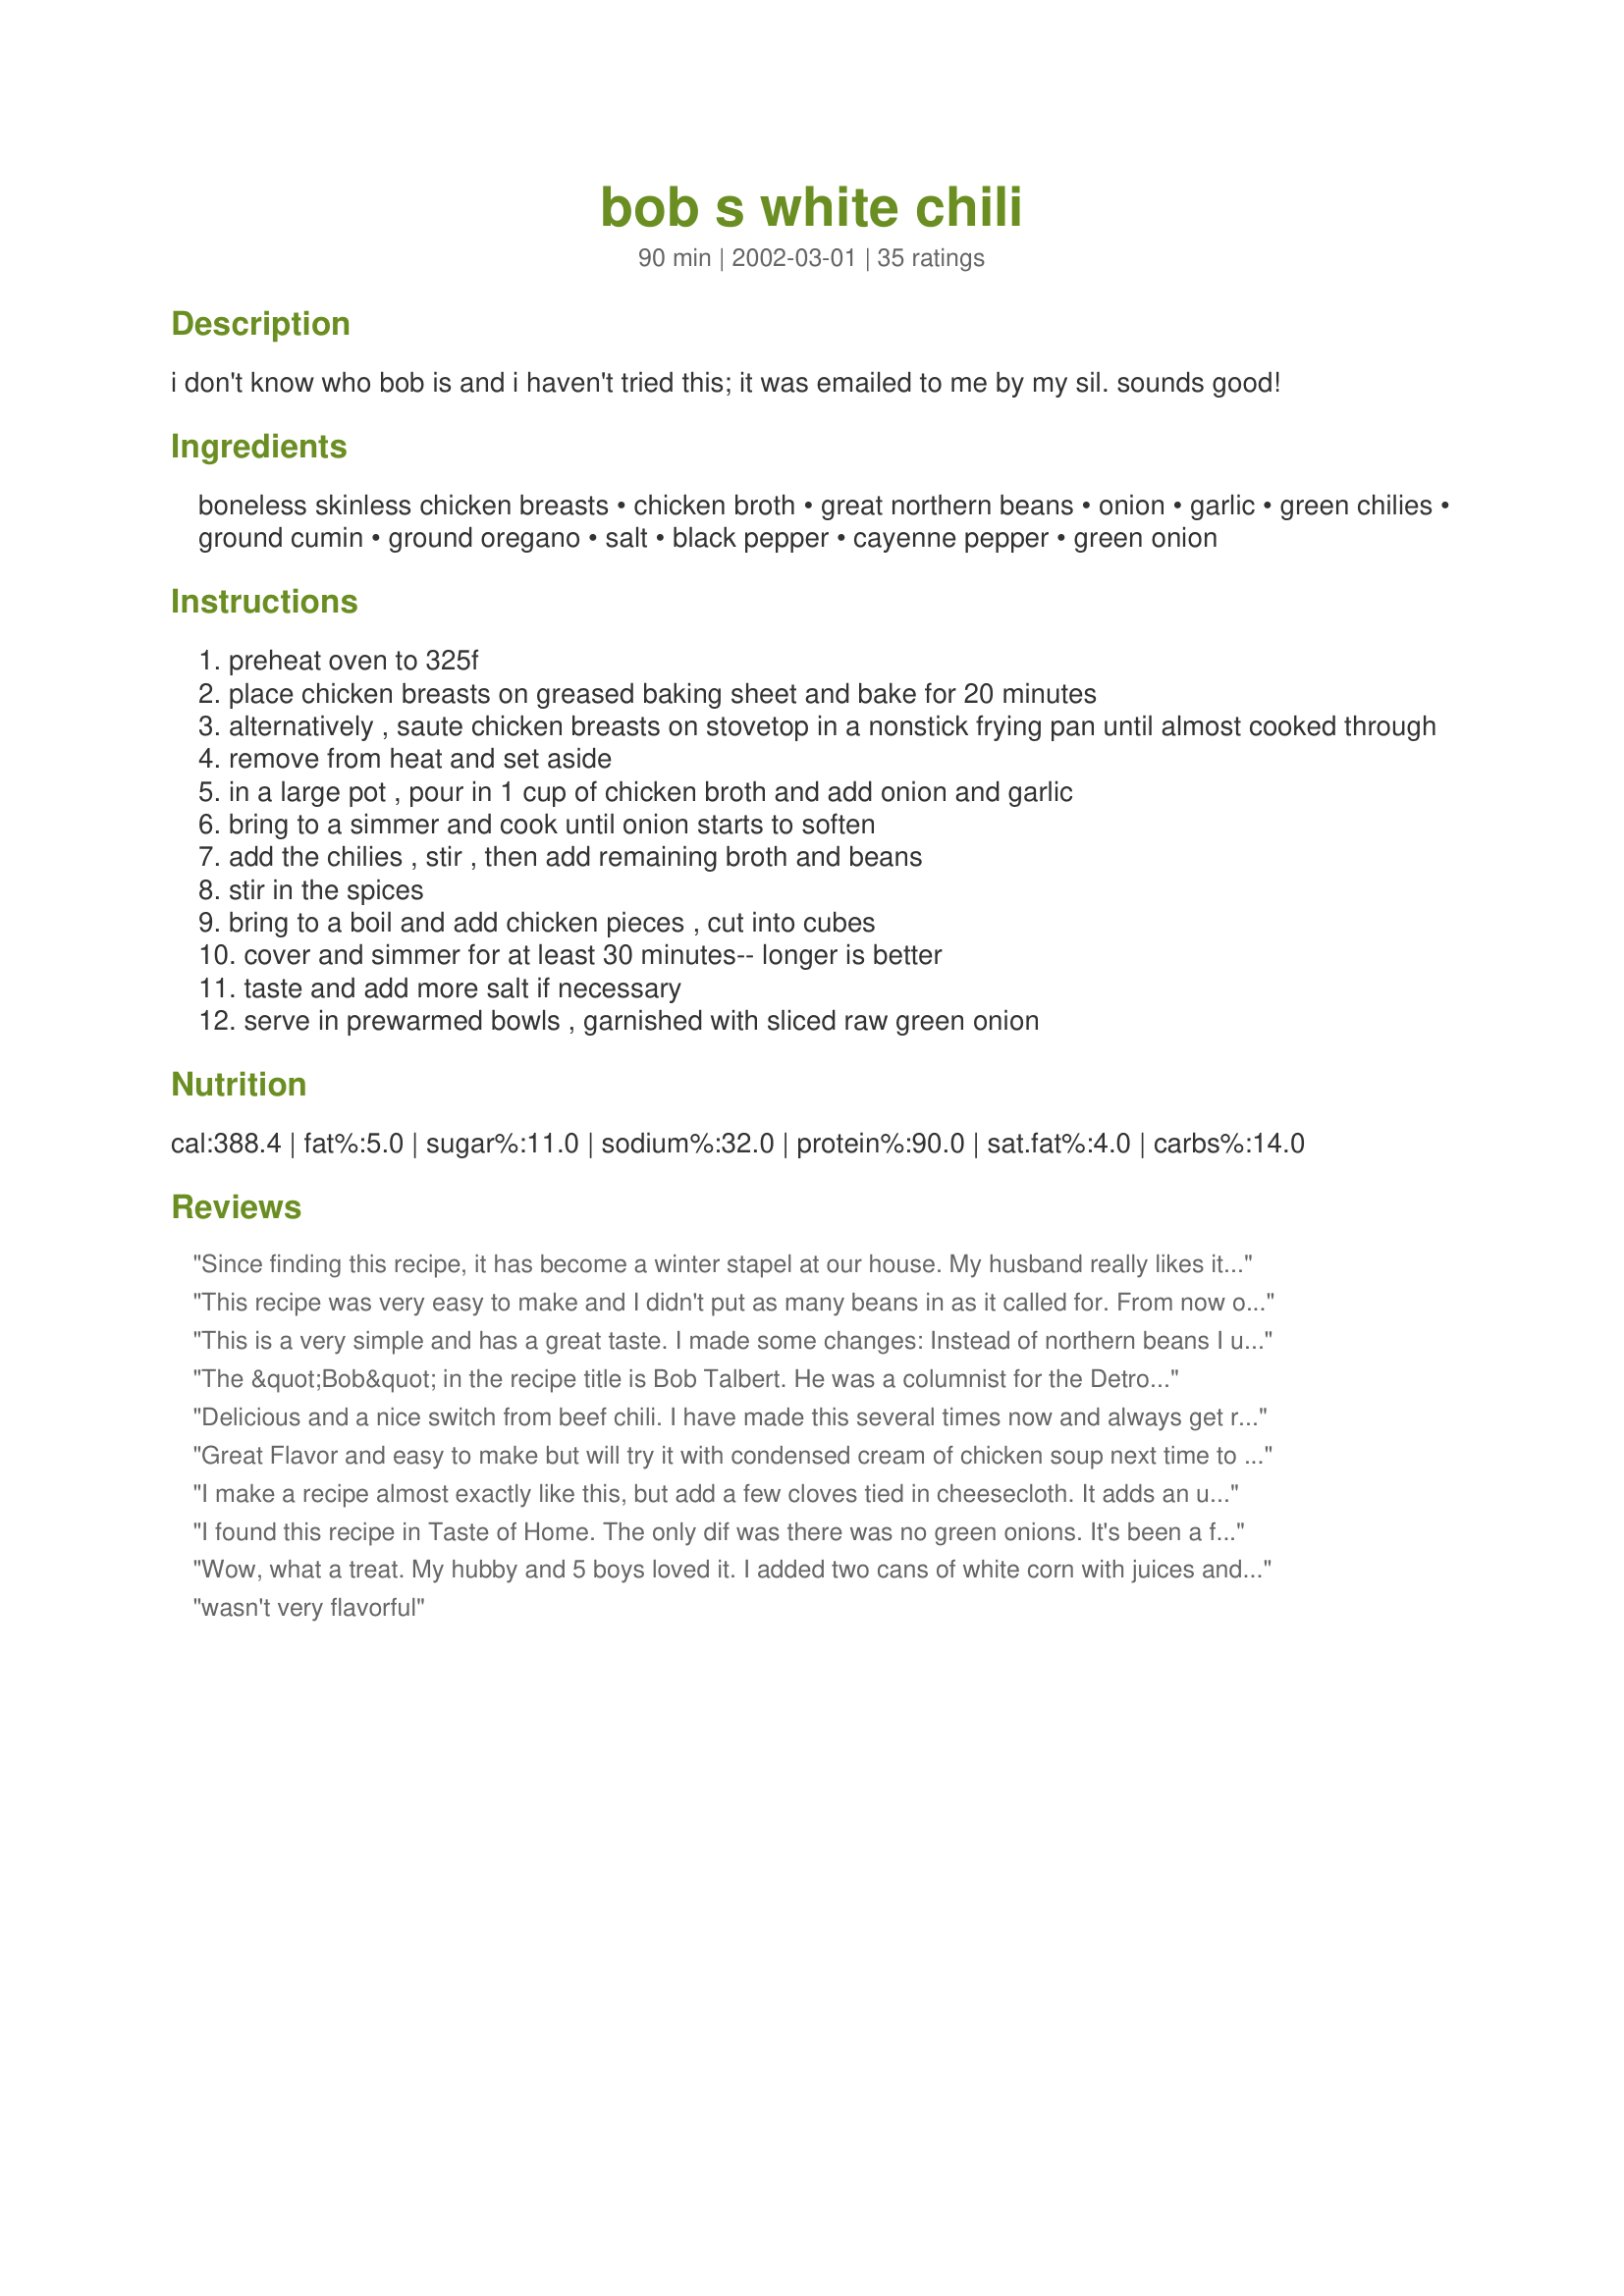
bob s white chili
Preparation time: 90 minutes

i don't know who bob is and i haven't tried this; it was emailed to me by my sil. sounds good!

Ingredients:
boneless skinless chicken breasts, chicken broth, great northern beans, onion, garlic, green chilies, ground cumin, ground oregano, salt, black pepper, cayenne pepper, green onion

Steps:
preheat oven to 325f
place chicken breasts on greased baking sheet and bake for 20 minutes
alternatively , saute chicken breasts on stovetop in a nonstick frying pan until almost cooked through
remove from heat and set aside
in a large pot , pour in 1 cup of chicken broth and add onion and garlic
bring to a simmer and cook until onion starts to soften
add the chilies , stir , then add remaining broth and beans
stir in the spices
bring to a boil and add chicken pieces , cut into cubes
cover and simmer for at least 30 minutes-- longer is better
taste and add more salt if necessary
serve in prewarmed bowls , garnished with sliced raw green onion

Reviews:
Since finding this recipe, it has become a winter stapel at our house. My husband really likes it and so does my family. it is definitly a keeper. Thanks for posting!
This recipe was very easy to make and I didn't put as many beans in as it called for. From now on I am going to make this chili one of my regular meals.
This is a very simple and has a great taste. I made some changes: Instead of northern beans I used pinto. Instead of canned chillies I used 3 fresh, seeded & chopped. And, I added 2 cans of condensed cream of chicken soup plus 1 can of water. Yum. Thanks, Lennie.
The &quot;Bob&quot; in the recipe title is Bob Talbert. He was a columnist for the Detroit Free Press until his death. He posted this recipe many years ago.
Delicious and a nice switch from beef chili. I have made this several times now and always get rave reviews from hubby.
Great Flavor and easy to make but will try it with condensed cream of chicken soup next time to thicken it up a little.
I make a recipe almost exactly like this, but add a few cloves tied in cheesecloth. It adds an unusual but subtle flavour that matches well with the beans, chicken and heat of this dish. Try it! Try it heated up on a propane burner out of the back of a van out of plastic bowls in cold weather with fresh rolls that were heated in foil atop the hot chili! Guinness is a good match if you are not driving the van.
I found this recipe in Taste of Home. The only dif was there was no green onions. It's been a family favorite for a long time now. It's called White Chicken Chili.
Wow, what a treat. My hubby and 5 boys loved it. I added two cans of white corn with juices and topped with a little monterrey jack cheese. Delicious. Will DEFINITELY make again.
wasn't very flavorful
my husband loved this. easy to make, diffently a keeper.
We loved this recipe. Left out the chiles based on personal preference. Bought the Tyson pre-cooked roasted chicken cubes (I think 1.5 pounds was 3 packages) because I got a late start on dinner. Followed the rest of the recipe to a T. Added FF cheese & a dollop of FF sour cream. Yummy!
I thought it was pretty good, but I definitely put cheese and sour cream on it. I also added chili powder and coriander for more flavor!
This is one of the best chili recipes I've ever eaten. The seasonings were perfect and the flavor was excellent, not overpowering or too hot. Since it was the first time I had ever made it, I followed the recipe exactly, and would not make any changes now. I served it with a little bit of shredded cheddar, a dollop of sour cream, and corn bread.
Was good but besides the pepper, doesn't really have much flavor.
I liked this very much. I didn't add as many beans and next time I will cut down on the cayenne pepper. I would say it is somewhere inbetween a medium and a hot chili. I also used one can of cream of chicken soup and I will use two next time.
This is a great, healthy chicken soup with a kick! I added just a dollop of sour cream to each serving and it added a great dynamic to the dish.
This is a wonderful recipe. I used boneless, skinless, chicken thighs. My family loved it.
Wow! As skeptical as my family was knowing this wasn't regular chili they loved it. Not overpowering hot, it had just a right spiciness to it. Excellent on tortillas.
This would not be a recipe I would make often. It just was not a good taste to me.
We loved this! The 5 year old and 9 year old asked for seconds (a real compliment). It was very easy to make. I used boneless, skinless thighs and seasoned them with chilli powder and cumin b4 I baked them. I also left out the chilies and added more powder as well as adding a little bit of cinnamon and clove which was a perfect addition.
This was wonderful. I didn't have the green chiles on hand but it was great without them. I did add some flour to thicken it up a little. Just my preference. Thanks for sharing!
This was fabulous! I substituted ground turkey instead of chicken breasts and I added a little bit of mozzarella cheese and a tad bit of flour to thicken it a little. The flavors blended together perfectly! Better yet, it makes for even yummier leftovers! Thanks for a great recipe, definitely a keeper :)
Delicious! My DH thought the meal was tasty and filling. Will be making it again.
This is very much like a recipe my grandmother once gave me that I stupidly misplaced so I was happy to find a replacement. This is great for something different than the usual red chili, but give it a shot if you've never tried a white chili. Delicious!
Fabulous! I prepared as instructed, and this was DELish! I got scared at the end and added a can of RoTel drained, but i know I would have Loved without. Definitely going to get this in the rotation.
Just what I was looking for. I substitued a store bought, pre-cooked rotisserie chicken instead of cooking my own. It turned out perfect. Very easy and yummy.
Comfort food at its best! I put shredded monterey jack on top and served with cornbread. It was a big hit with the whole family! Definitely a keeper! Thanks for sharing!
Yum! I made this recipe -- sticking exactly to the recipe, with the only exception being -- I used 1/2 black beans, because I did not have 48 oz of great whites. Great recipe. Next time I will use some thickener since we like a thicker chili.
Definitely a recipe that we add to the rotation at our house! Next time I'm going to try it in the crockpot.
Family and I enjoyed this very much. To serve, I put broken tortilla chips in the bowl, added the chili and topped with shredded MJ cheese. Crazy delicious. Thanks for the post.
This is the one of the best chili recipes that I have tatsted. I doubled the batch for a football party, everyone raved over it and wanted the recipe. I served it with some shredded montery jack cheese, a dollop of sour cream, and corn muffins.
This was really good! I had some bell pepper and mushrooms to use up so I chopped them up and threw them in. I served it will sour cream, cheddar and green onions
This was a HUGE hit at our house last night! The temps dropped to well below zero and my daughter had been begging me to make white chili. I came across this recipe and all three of us loved it! The only changes I made was to add some shredded Monterey Jack cheese and to cook it in the crockpot. DH told me that I should add this to our Christmas Eve soup supper menu, so it's become an instant keeper! Thanks for posting!
I found this recipe a few years ago after hubby had some White Chicken Chili at one of our local Mexican restaurants. I've been making it since then and we love it. We like extra spicy food, so I often add a little extra cumin and/or cayenne pepper. Also, if I don't have the chopped green chilies I have substituted chopped fresh jalapenos more than once. I just cook them along with the onions and garlic and it turns out fine. I also sometimes break up tortilla chips and sprinkle them on top. It's very good, especially on cold, wintry days or when you have a cold. Nothing clears those sinuses quite like cayenne pepper and jalapenos! LOL
This is super easy to make. I grilled my chicken breast on my George Foreman while the onions and garlic were cooking. The only trouble I had with this recipe was waiting for the simmering to finish. It smelled so good - made it hard to wait to eat it.
